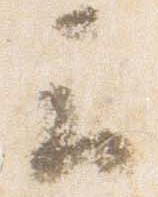
云